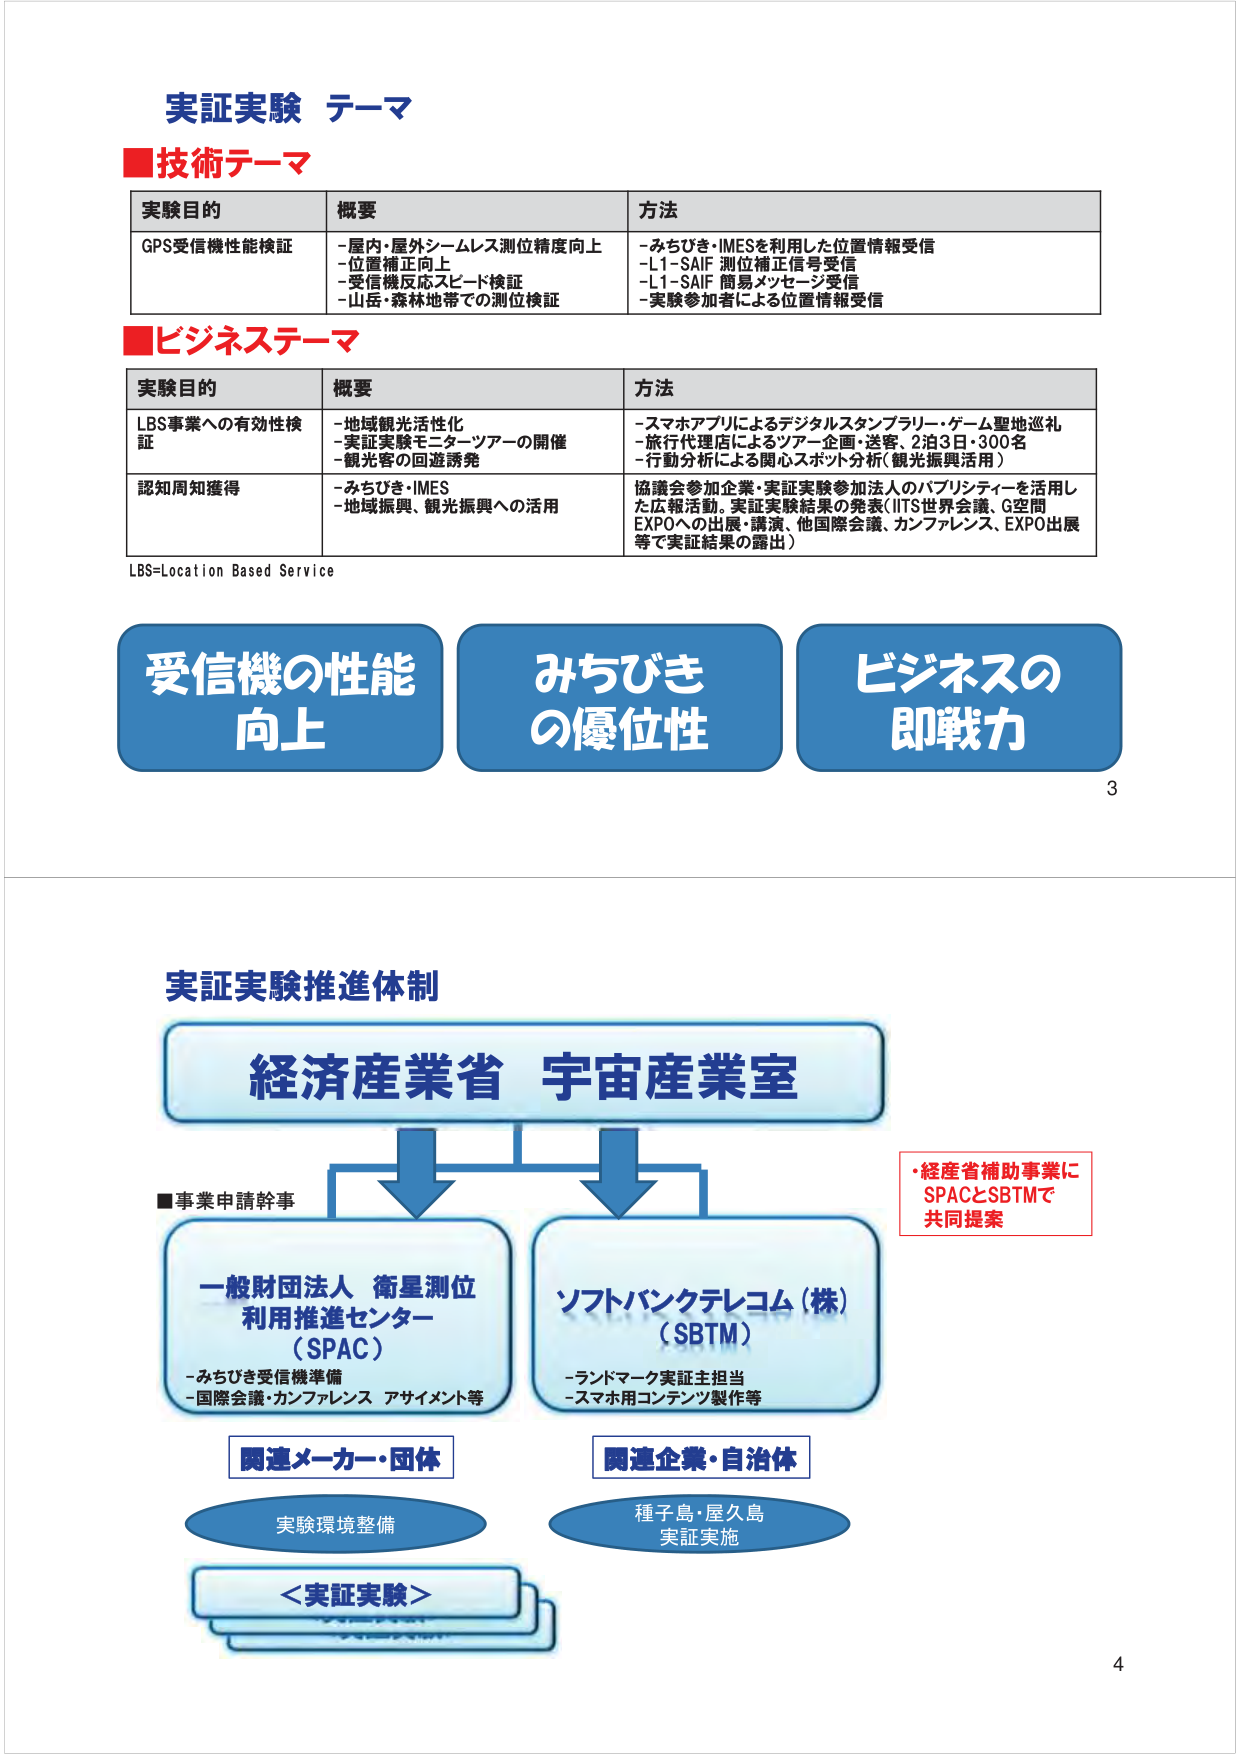
実証実験 テーマ
■技術テーマ
実験目的 概要 方法
GPS受信機性能検証
- 屋内・屋外シームレス測位精度向上
- 位置補正向上
- 受信機反応スピード検証
- 山岳・森林地帯での測位検証
- みちびき・IMESを利用した位置情報受信
- L1-SAIF 測位補正信号受信
- L1-SAIF 簡易メッセージ受信
- 実験参加者による位置情報受信

■ビジネステーマ
実験目的 概要 方法
LBS事業への有効性検証
- 地域観光活性化
- 実証実験モニターソアーの開催
- 観光客の回遊誘発
- スマホアプリによるデジタルスタンプラリー・ゲーム聖地巡礼
- 旅行代理店によるツアー企画・送客、2泊3日・300名
- 行動分析による関心スポット分析（観光振興活用）
認知周知獲得
- みちびき・IMES
- 地域振興、観光振興への活用
協議会参加企業・実証実験参加法人のパブリシティを活用した広報活動。実証実験結果の発表（IITS世界会議、G空間EXPOへの出展・講演、他国際会議、カンファレンス、EXPO出展等で実証結果の露出）

LBS=Location Based Service

受信機の性能向上
みちびきの優位性
ビジネスの即戦力

3

実証実験推進体制
経済産業省 宇宙産業室
■事業申請幹事
一般財団法人 衛星測位利用推進センター（SPAC）
- みちびき受信機準備
- 国際会議・カンファレンス アサイメント等
ソフトバンクテレコム（株）（SBTM）
- ランドマーク実証主担当
- スマホ用コンテンツ製作等
関連メーカー・団体
実験環境整備
関連企業・自治体
種子島・屋久島
実証実施
＜実証実験＞
・経産省補助事業にSPACとSBTMで共同提案

4